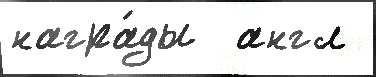
награ́ды  англ